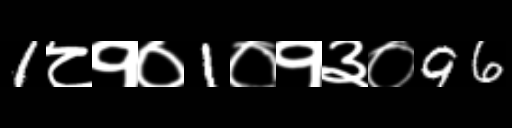
Text: 1८१०1०१३०96